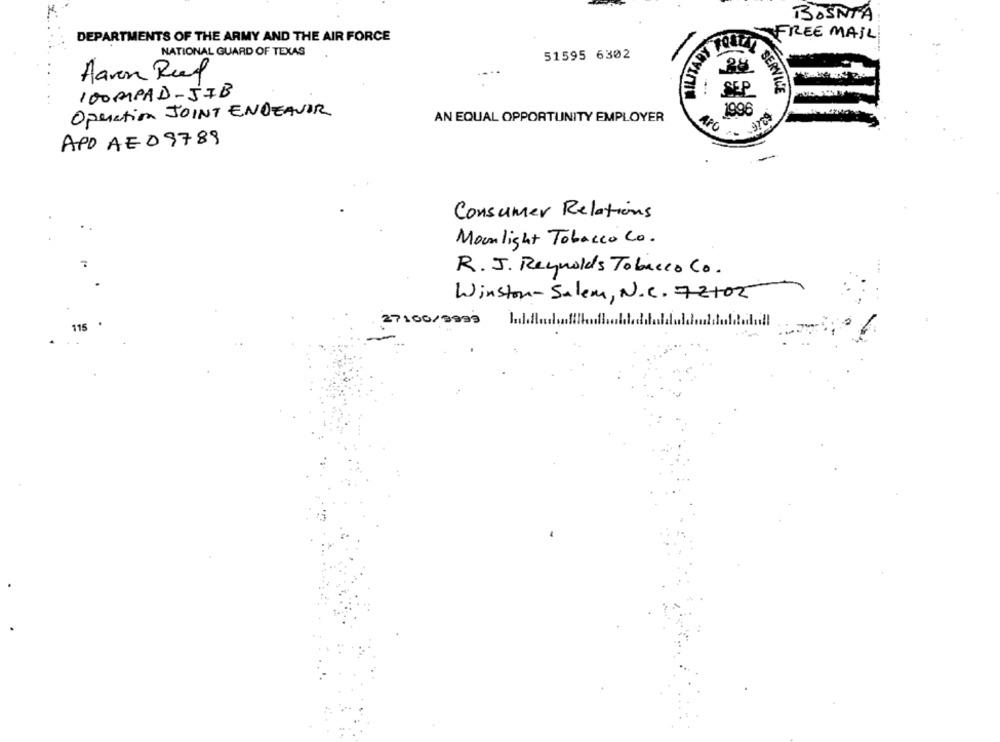
BOSNIA
DEPARTMENTS OF THE ARMY AND THE AIR FORCE
FREE MAIL
NATIONAL GUARD OF TEXAS
51595 6302
Aaron Ruf
100MPAD-JIB
SEP
SERVICE
Operation JOINT ENDEAVOR
1996
AN EQUAL OPPORTUNITY EMPLOYER
APO
APO AE09789
Consumer Relations
Moonlight Tobacco Co.
7
R.J. Reynolds Tobacco Co.
Winston-Salem, N.C. 72102
115
27100/9999